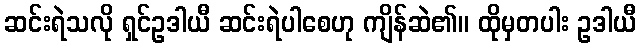
ဆင်းရဲသလို ရှင်ဥဒါယီ ဆင်းရဲပါစေဟု ကျိန်ဆဲ၏။ ထိုမှတပါး ဥဒါယီ